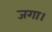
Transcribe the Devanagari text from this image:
जगा।